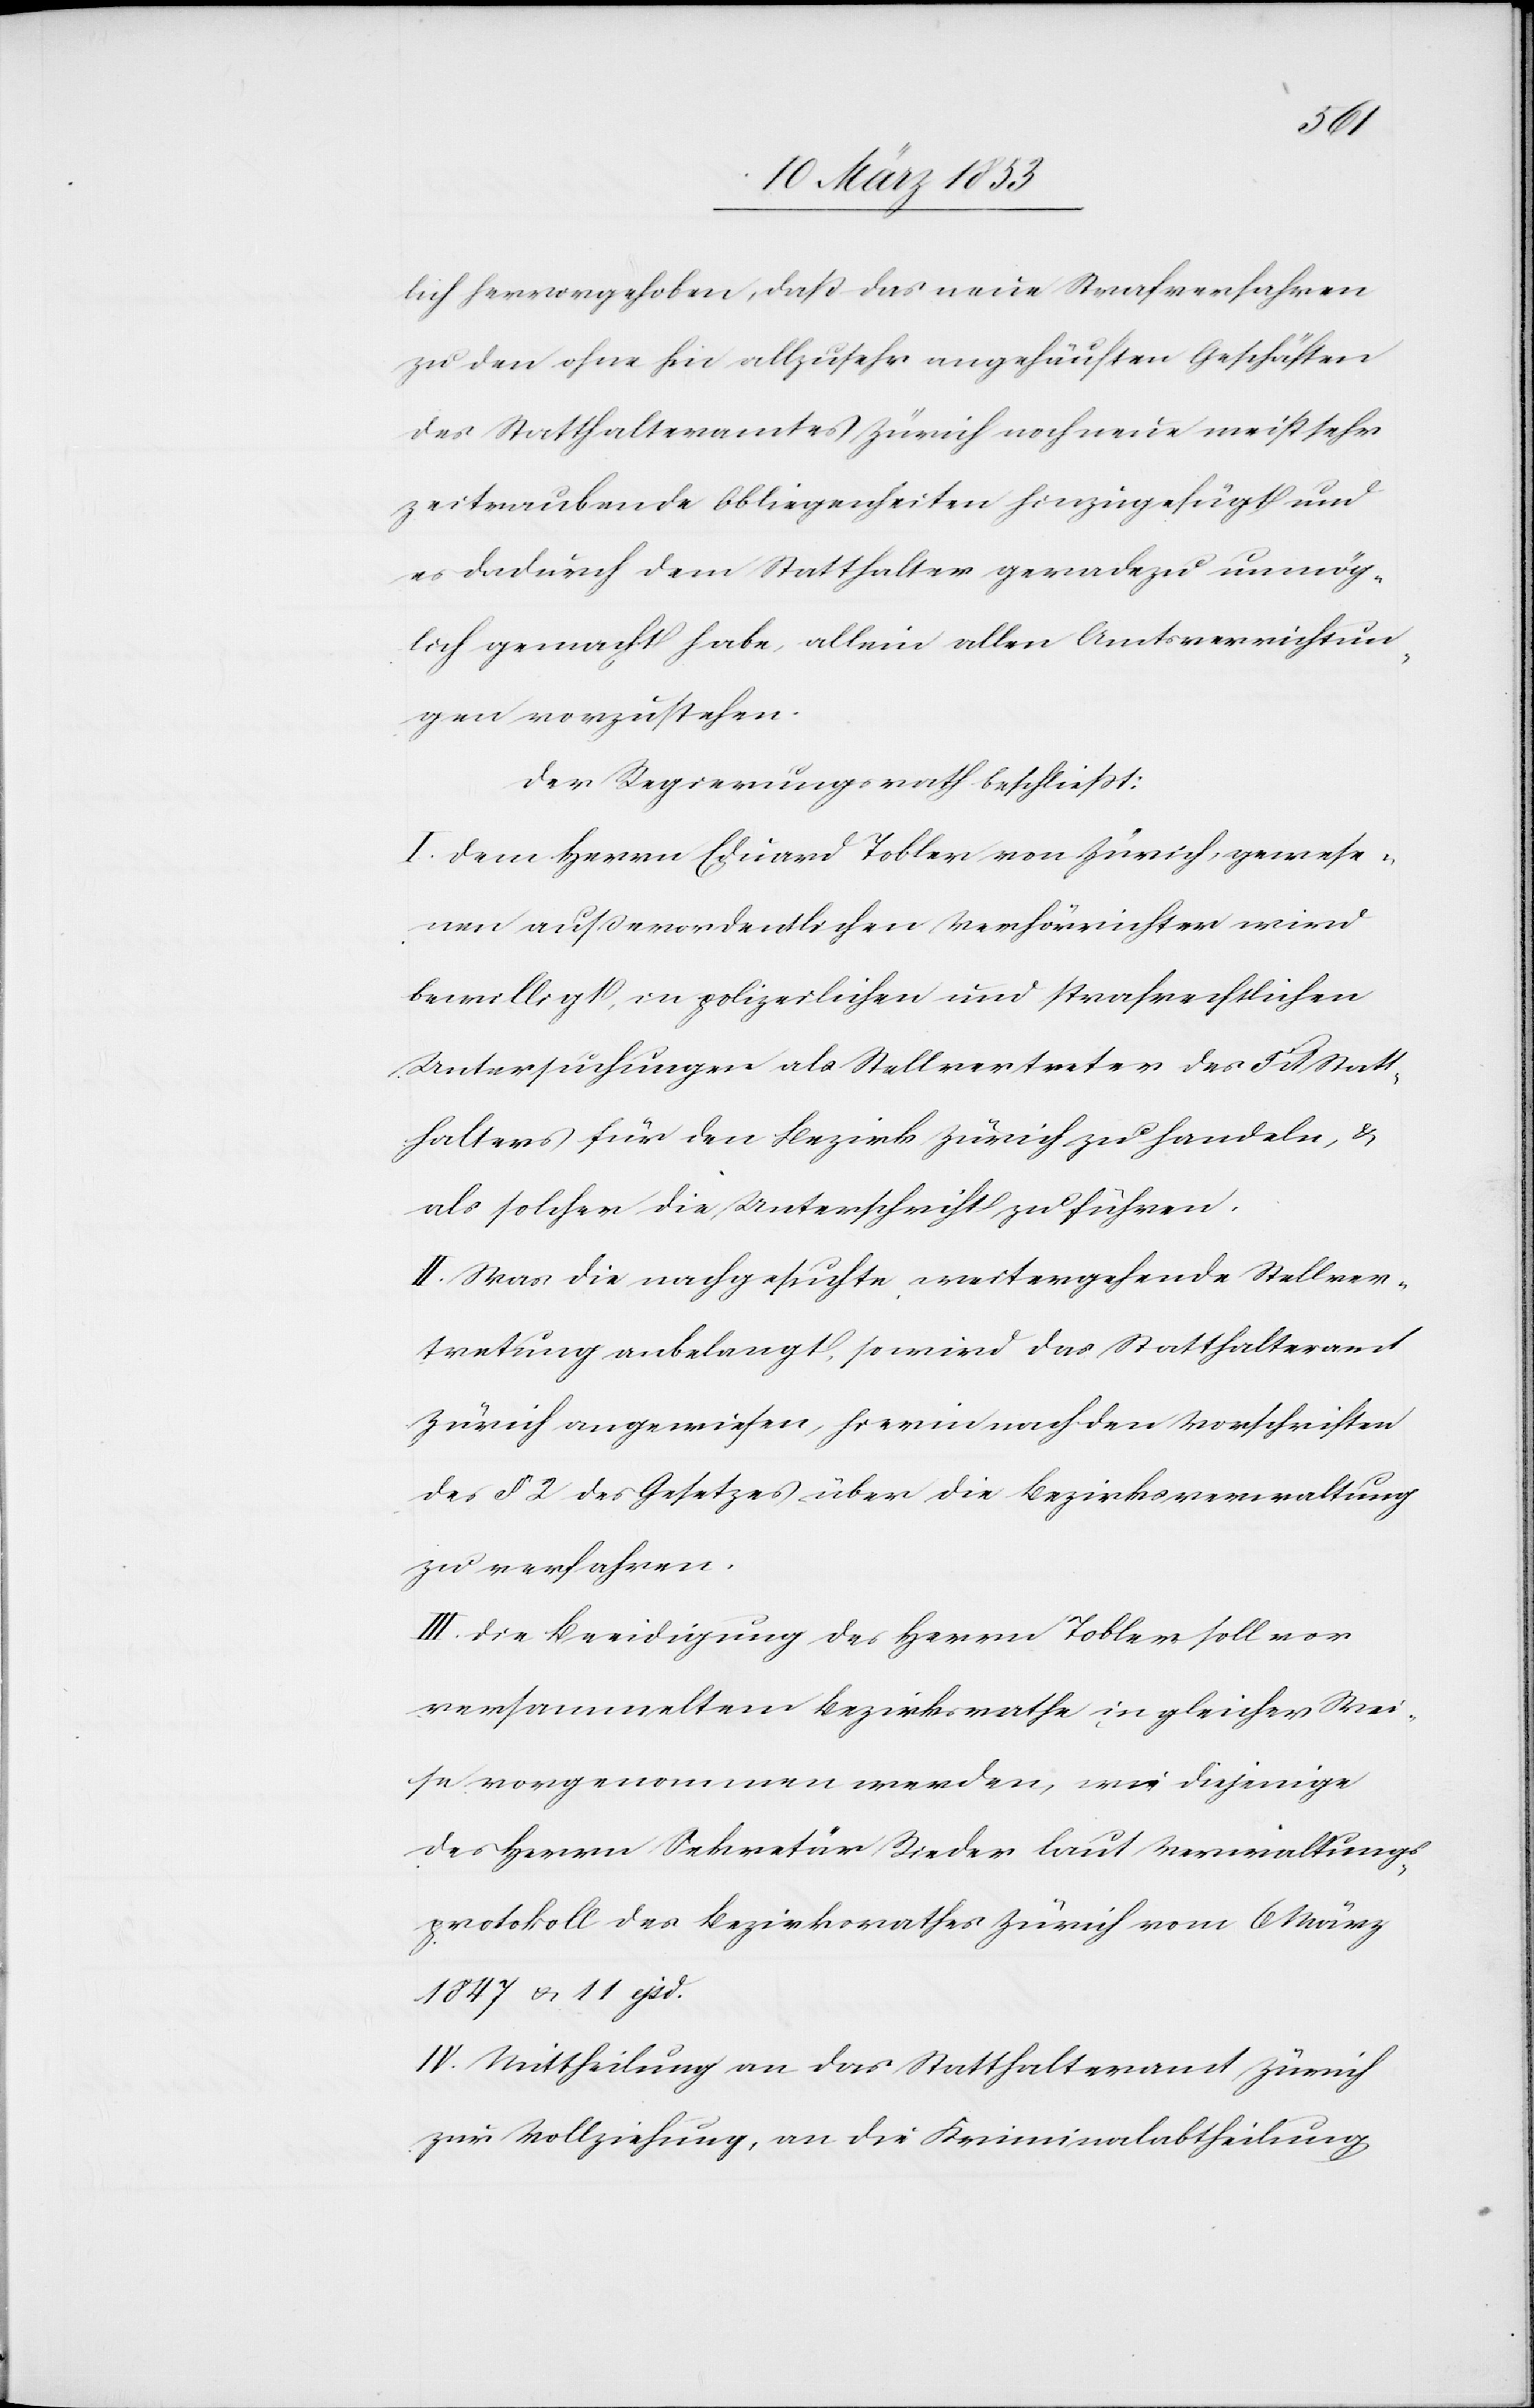
lich herangehoben, daß das eine Strafverfahren
zu den ohne hin allzusehr angehäuften Geschäften
des Statthalteramtes Zürich noch neue meist sehr
zeitraubende Obliegenheiten hinzugefügt und
es dadurch dem Statthalter geradezu unmög¬
lich gemacht habe, allein allen Amtsverrichtun¬
gen vorzustehen.
Der Regierungsrath beschließt:
I. Dem Herrn Eduard Tobler von Zürich, gewese¬
nen außerordentlichen Verhörrichter wird
bewilligt, in polizeilichen und strafrechtlichen
Untersuchungen als Stellvertreter des 5t. Statt¬
halters für den Bezirk Zürich zu handeln, u.
als solcher die Unterschrift zu führen.
II. Was die nachgesuchte weitergehende Stellver¬
tretung anbelangt, so wird das Statthalteramt
Zürich angewiesen, hierin nach den Vorschriften
des § 2 des Gesetzes über die Bezirksverwaltung
zu verfahren.
III. Die Beeidigung des Herrn Tobler soll vor
versammeltem Bezirksrathe in gleicher Wei¬
se vorgenommen werden, wie diejenige
des Herrn Sekretär Rieder laut Verrichtungs¬
protokoll des Bezirksrathes Zürich vom 6 März
1847 u. 11 ejsd.
IV. Mittheilung an das Statthalteramt Zürich
zur Vollziehung, an die Kriminalabtheilung